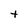
Character: t